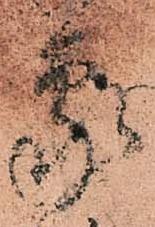
蒙